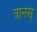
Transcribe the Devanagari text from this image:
त्रानस्